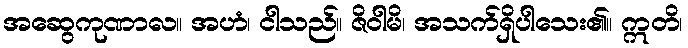
အဆွေကုဏာလ။ အဟံ၊ ငါသည်။ ဇိဝါမိ၊ အသက်ရှိပါသေး၏။ ဣတိ၊